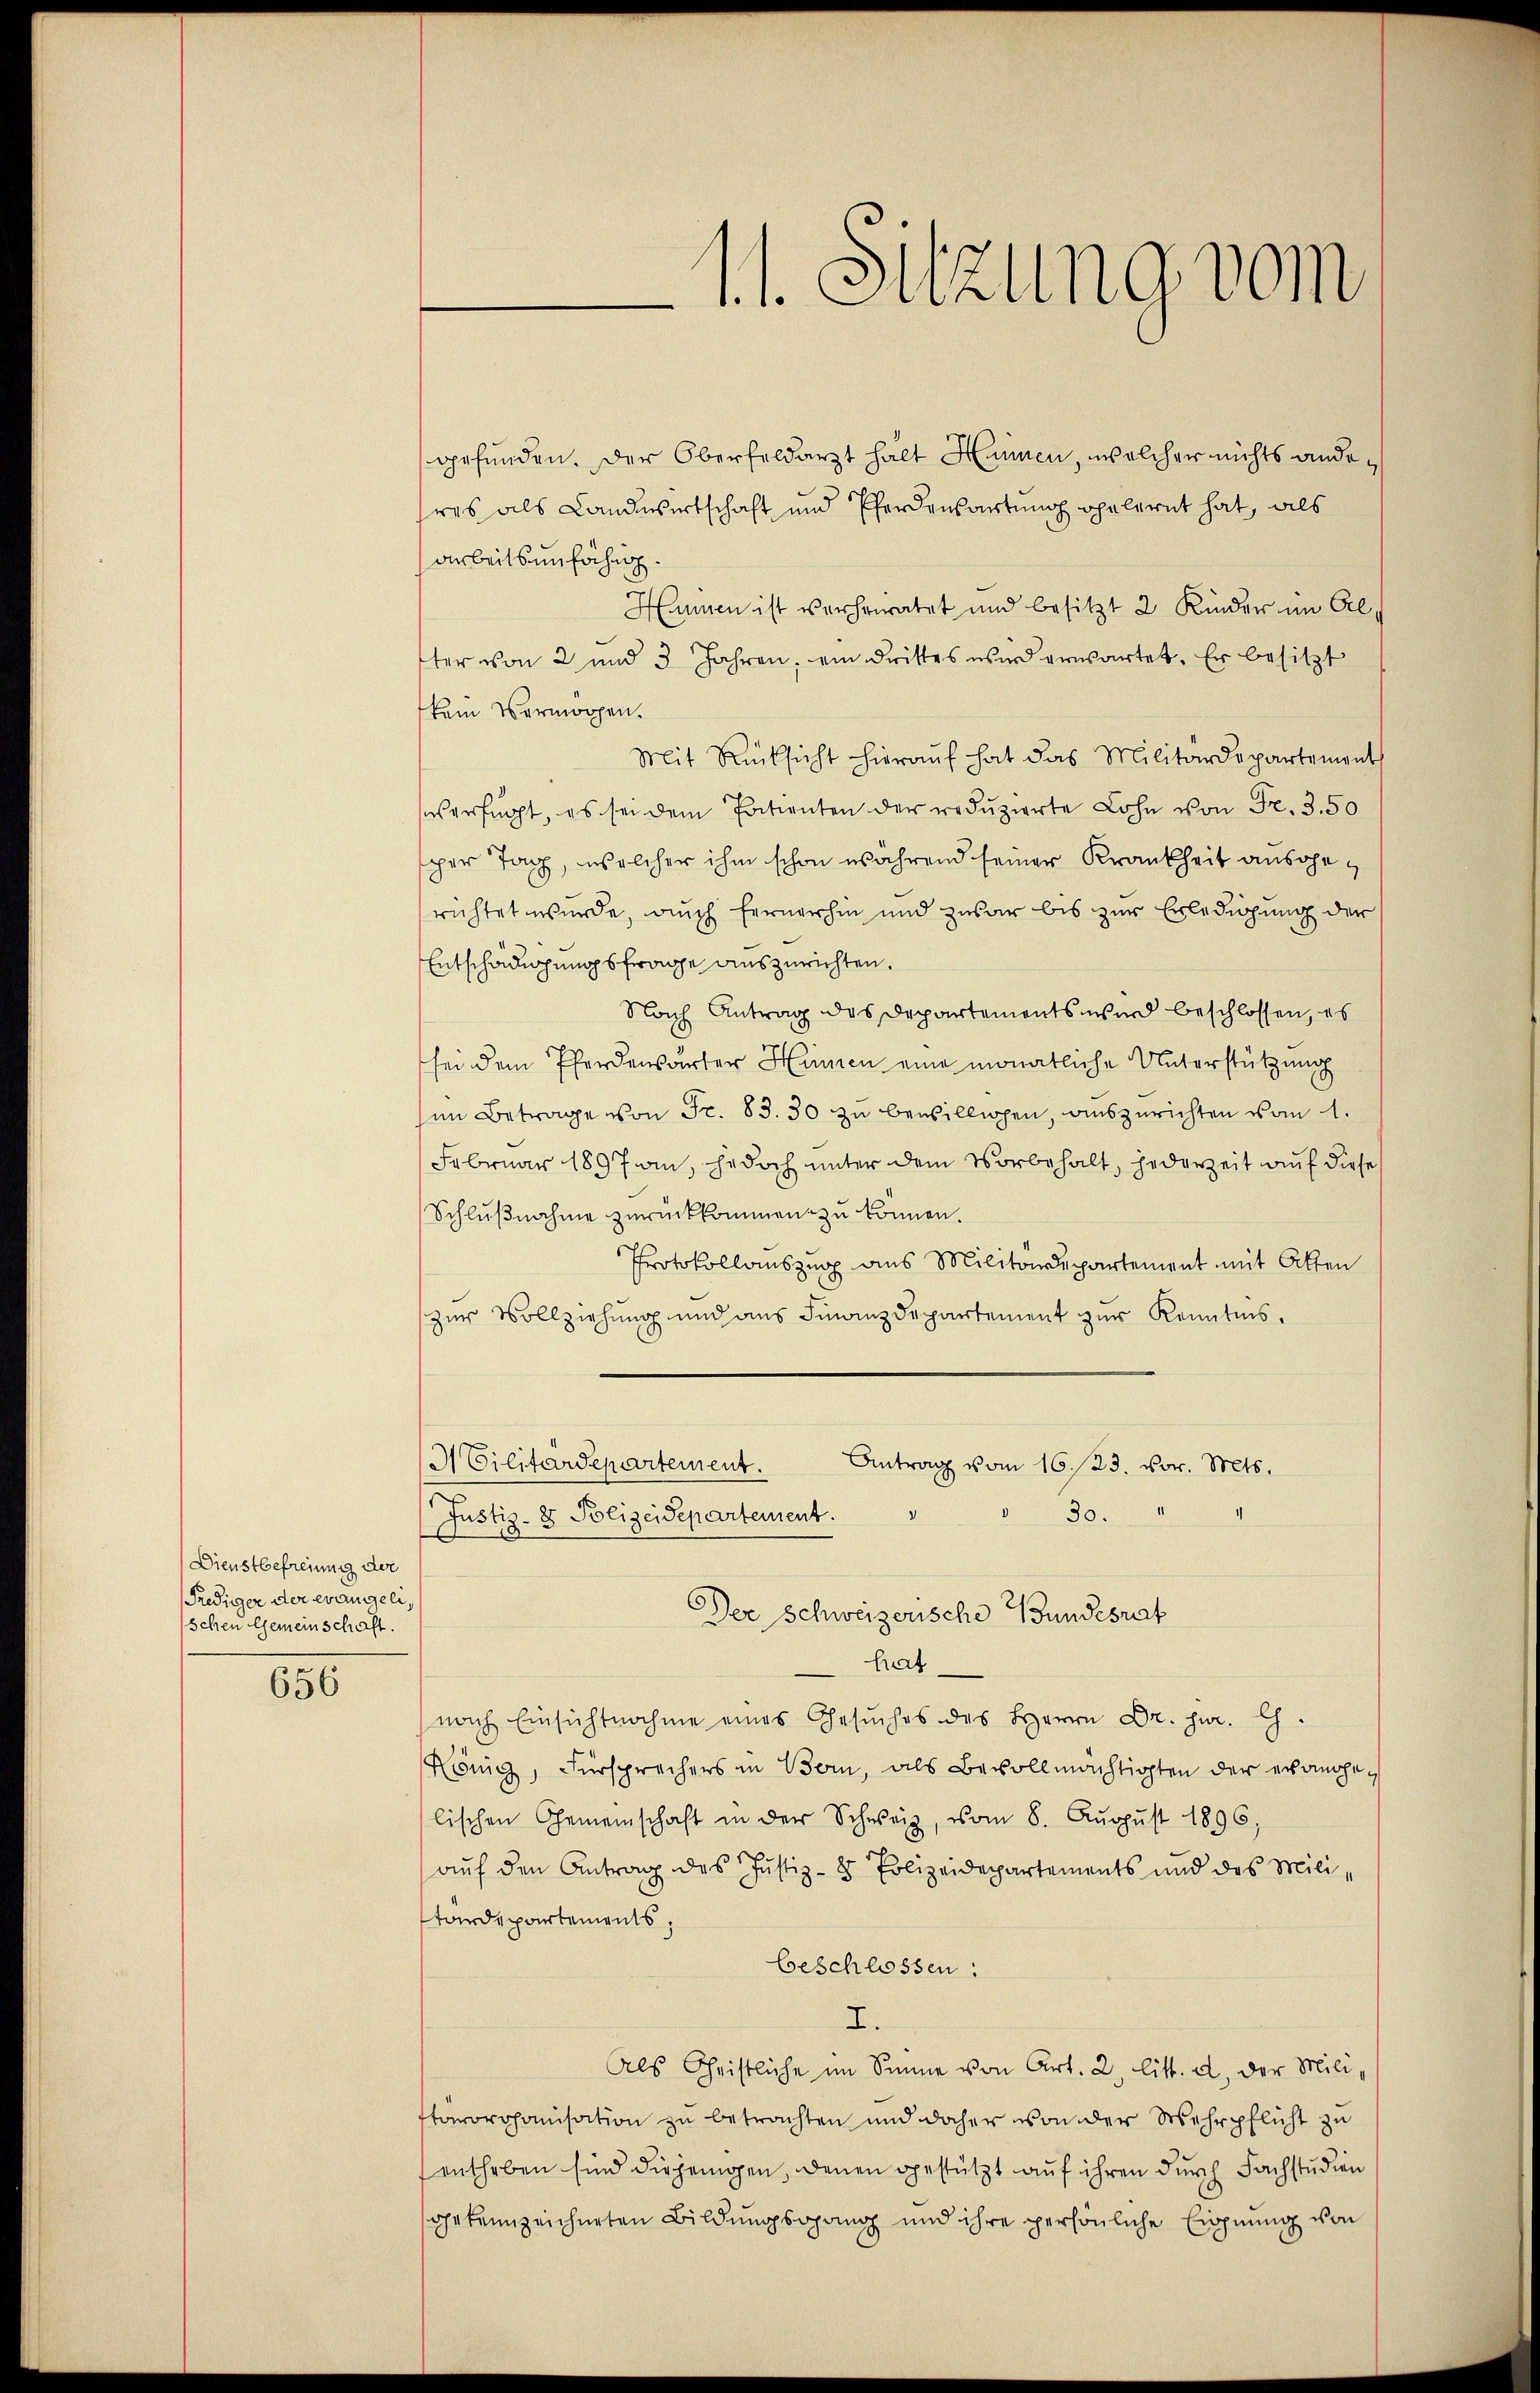
Dienstbefreiung der
Prediger der evangeli,
schen Gemeinschaft.

656

gefunden. Der Oberfeldarzt halt Hunnen, welcher nichts andesres als Landwirtschaft und Pferdensartung ppelernt hat, als
arbeitsunfähig
Huinen ist verheiratet und besitzt 2 Kinder im Al
ster von 2 und 3 Jahren, ein drittes wird erwartet. Er besitzt
kein Vermögen.
Mit Rücksicht hieraŭf hat das Militärdepartement
es erfügt, es sei dem Patienten der redŭzierte Lohn von Fr. 350
sper Tag, welcher ihm schon während seiner Krankheit ausgerichtet wurde, auch fernerhin und zwar bis zur Erledigung der
Entschädigungsfrage auszurichten.
Nach Antrag des Departements wird beschlossen, es
sei dem Pferdenwärter Hünen eine monatliche Unterstützung
him Betrage von Fr. 83. 30 zu bewilligen, auszurichten vom 1.
Februar 1897 an, jedoch unter dem Vorbehalt, jederzeit auf diese
Schlußnahme zurückkommen zu können.
Protokollauszug aus Militärdepartement mit Atten
zur Vollziehung und aus Finanzdepartement zur Kenntnis,
M Cilitärdepartement.
Antrag vom 16./23. vor. Mts.
30.
(Justiz- & Polizeidepartement.
Der Schweizerische Bundesrat
hat
nach Einsichtnahme eines Gesuches des Herrn Dr. jur. Ch.
König, Fürsprechers in Bern, als Bevollmächtigten der evangelischen Gemeinschaft in der Schweiz, vom 8. Aŭgŭst 1896,
auf den Antrag des Justiz- & Polizeidepartements und des Militardepartements,
beschlossen:
I.
Als Christliche im Sinne von Art. 2 litt. a, der Militärorganisation zu betrachten und daher von der Wehrpflicht zu
entheben sind diejenigen, denen gestützt auf ihren durch Fachstudien
ohekennzeichneten Bildungsgang und ihre persönliche Eignung von

s
Suzung vom
e